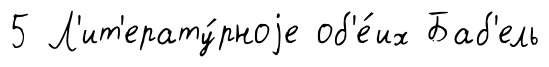
5 Л'ит'ерату́рноjе об'е́их Баб'ель